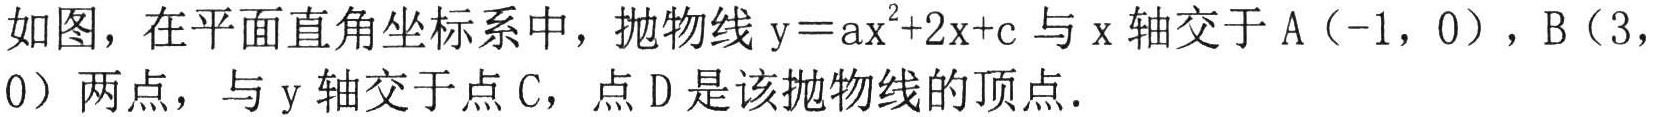
如图，在平面直角坐标系中，抛物线\(y = ax^{2}+2x + c\)与\(x\)轴交于\(A（-1,0）\)，\(B（3,0）\)两点，与\(y\)轴交于点\(C\)，点\(D\)是该抛物线的顶点．